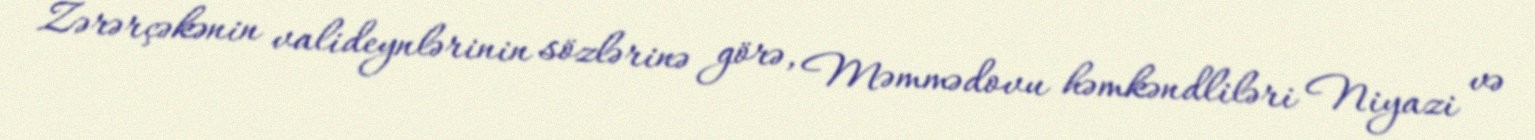
Zərərçəkənin valideynlərinin sözlərinə görə, Məmmədovu həmkəndliləri Niyazi və